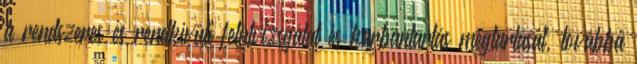
a rendszeres és rendkívüli felülvizsgálat és karbantartás megtartását, továbbá